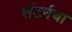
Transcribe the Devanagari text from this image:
सॅटर्नचा